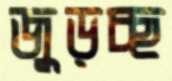
জুড়চ্ছ